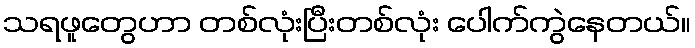
သရဖူတွေဟာ တစ်လုံးပြီးတစ်လုံး ပေါက်ကွဲနေတယ်။